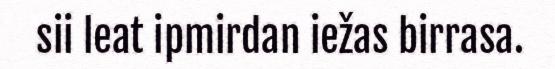
sii leat ipmirdan iežas birrasa.